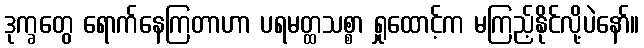
ဒုက္ခတွေ ရောက်နေကြတာဟာ ပရမတ္ထသစ္စာ ရှုထောင့်က မကြည့်နိုင်လို့ပဲနော်။